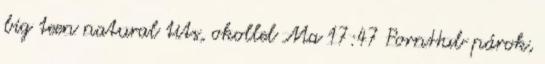
big teen natural tits, okollel Ma 17:47 PornHub párok,